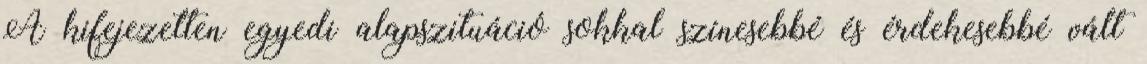
A kifejezetten egyedi alapszituáció sokkal színesebbé és érdekesebbé vált